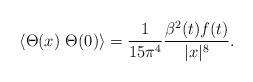
\begin{align*}\langle \Theta (x)~\Theta (0)\rangle =\frac{1}{15\pi ^{4}}\frac{\beta^{2}(t)f(t)}{|x|^{8}}.\end{align*}